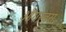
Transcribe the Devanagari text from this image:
ऑगस्तस